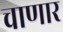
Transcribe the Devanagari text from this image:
चाणार